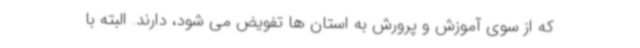
که از سوی آموزش و پرورش به استان ها تفویض می شود، دارند. البته با